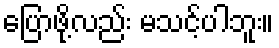
ပြောဖို့လည်း မသင့်ပါဘူး။